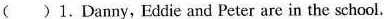
( )1.Danny,Eddie and Peter are in the school.